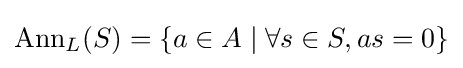
\mathrm {Ann} _{L}(S)=\{a\in A\mid \forall s\in S,as=0\}